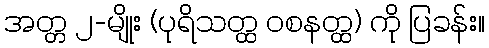
အတ္တ ၂-မျိုး (ပုရိသတ္ထ ဝစနတ္ထ) ကို ပြခန်း။